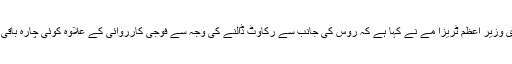
ادھر برطانوی وزیرِ اعظم ٹریزا مے نے کہا ہے کہ روس کی جانب سے رکاوٹ ڈالنے کی وجہ سے فوجی کارروائی کے علاوہ کوئی چارہ باقی نہیں رہا تھا۔